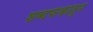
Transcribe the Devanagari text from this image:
शब्दफेकीतून